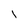
Character: l